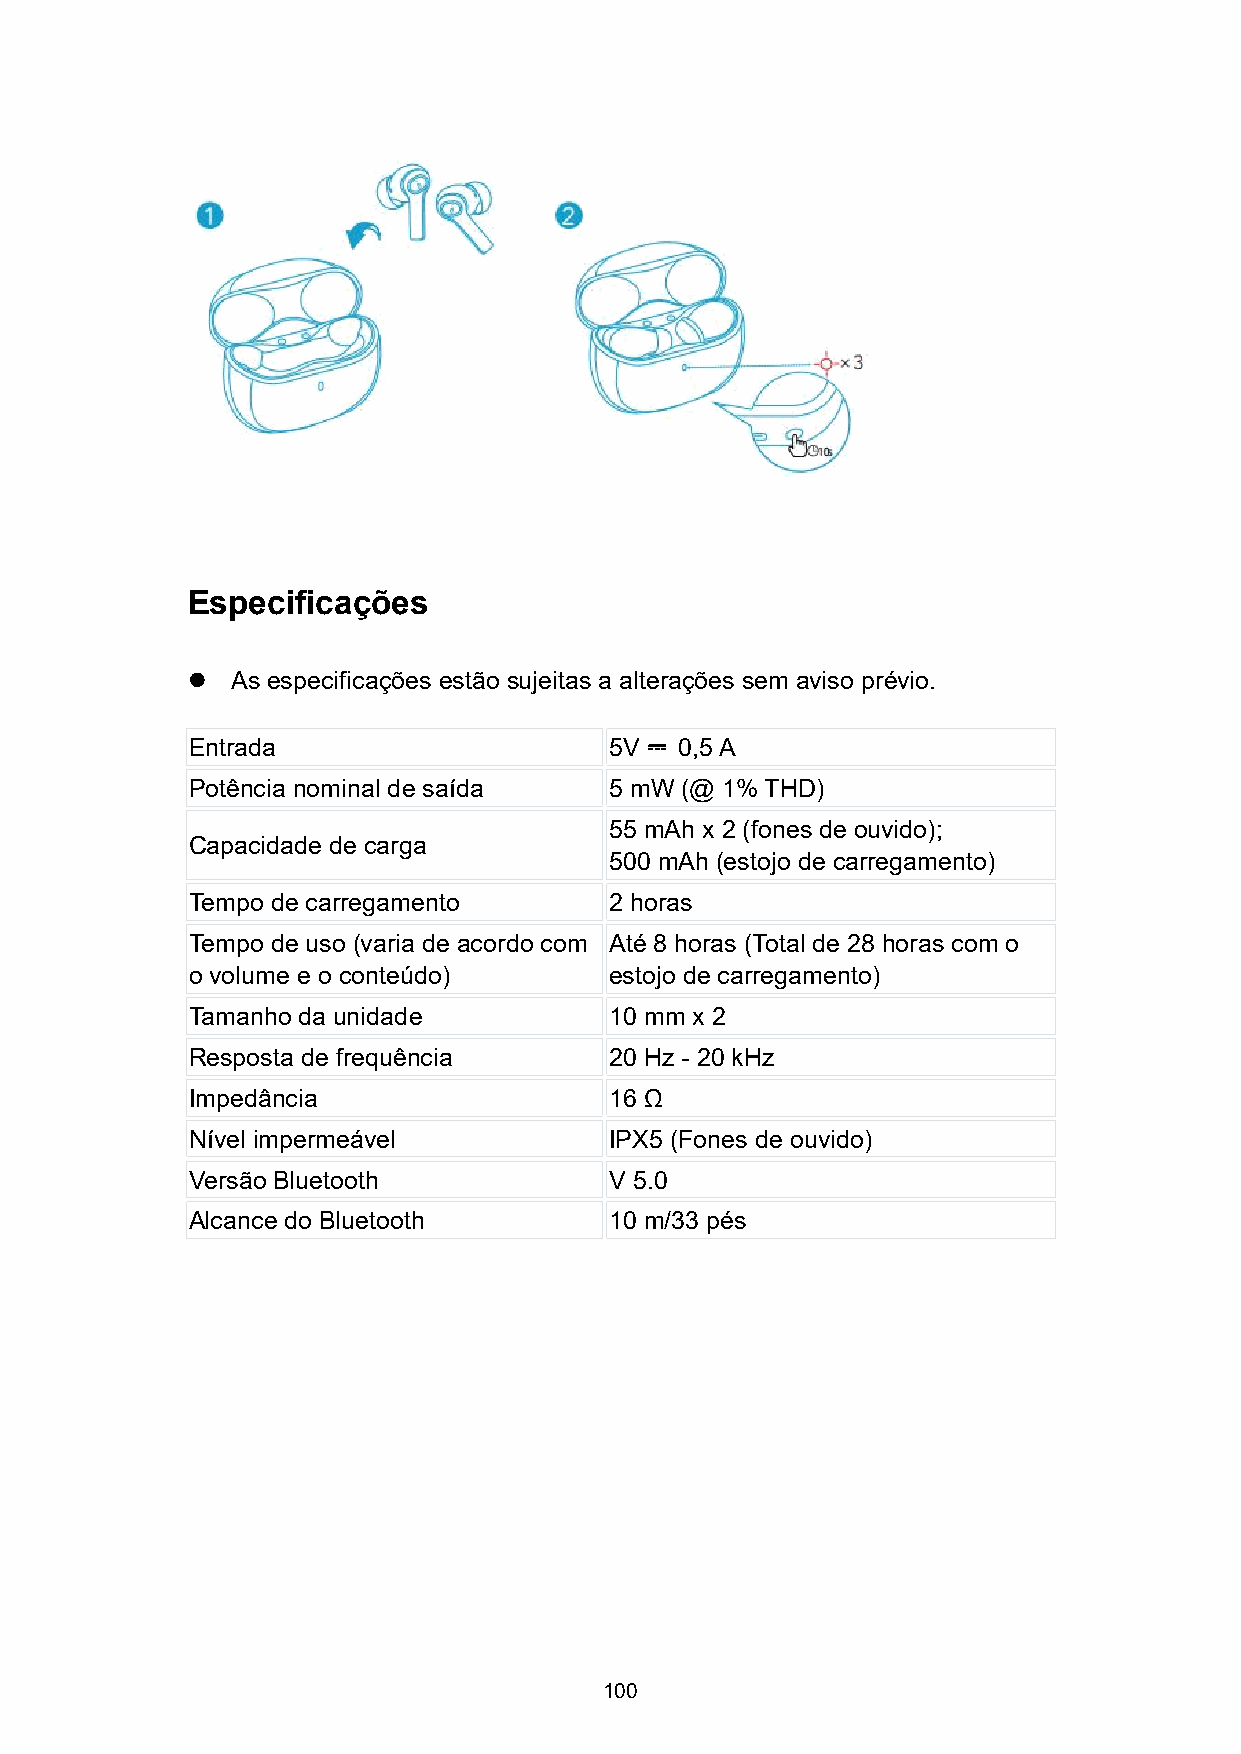
Especificações
   As especificações estão sujeitas a alterações sem aviso prévio.
 Entrada                     5V   0,5A
 ⎓
 Potência nominal de saída   5 mW (@ 1% THD)
 55 mAh x 2 (fones de ouvido);
 Capacidade de carga
 500 mAh (estojo de carregamento)
 Tempo de carregamento       2 horas
 Tempo de uso (varia de acordo com Até 8 horas (Total de 28 horas com o
 o volume e o conteúdo)      estojo de carregamento)
 Tamanho da unidade          10 mm x 2
 Resposta de frequência      20 Hz - 20 kHz
 Impedância                  16 Ω
 Nível impermeável           IPX5 (Fones de ouvido)
 Versão Bluetooth            V 5.0
 Alcance do Bluetooth        10 m/33 pés
 100